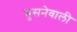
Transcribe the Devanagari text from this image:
घुसनेवाली